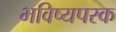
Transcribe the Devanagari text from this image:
भविष्यपरक